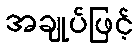
အချုပ်ဖြင့်